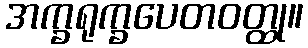
အက္ခရုက္ခပေတဝတ္ထု။